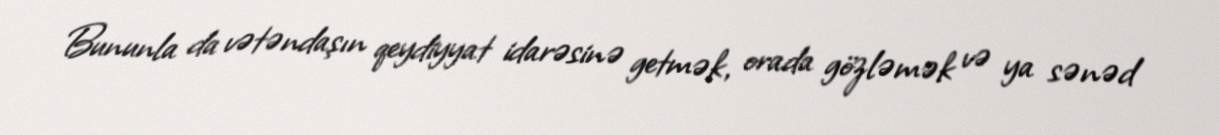
Bununla da vətəndaşın qeydiyyat idarəsinə getmək, orada gözləmək və ya sənəd